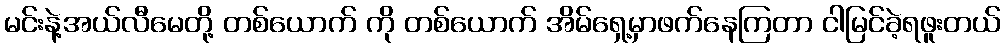
မင်းနဲ့အယ်လီမေတို့ တစ်ယောက် ကို တစ်ယောက် အိမ်ရှေ့မှာဖက်နေကြတာ ငါမြင်ခဲ့ရဖူးတယ်